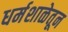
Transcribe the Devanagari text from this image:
धर्मशाळेतून